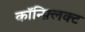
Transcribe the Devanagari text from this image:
कॉन्फ़्लिक्ट